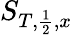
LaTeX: S_{T,\frac{1}{2},x}